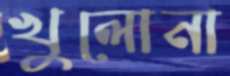
খুলোনা